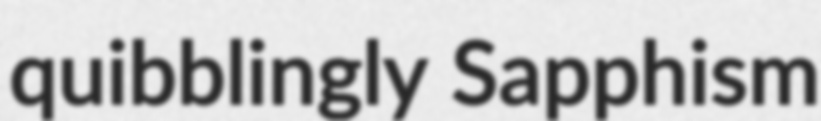
quibblingly Sapphism